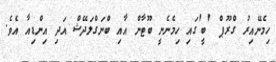
ހިމެނޭއިރު ގްރޫޕް 'ބީ'ގައި ހިމެނެނީ ބޫޓާން އާއި ބްނަގްލަދޭޝް އަދި އިންޑިއާ އެވެ.